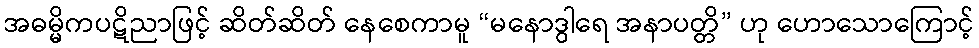
အဓမ္မိကပဋိညာဖြင့် ဆိတ်ဆိတ် နေစေကာမူ “မနောဒွါရေ အနာပတ္တိ” ဟု ဟောသောကြောင့်